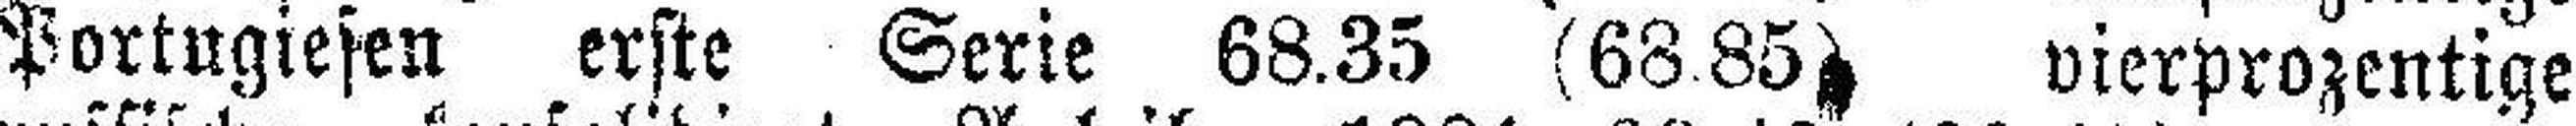
Portugiesen erste Serie 68.35 (68.85) vierprozentige